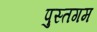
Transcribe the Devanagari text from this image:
पुस्तगम